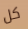
كل